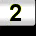
Digit: 2